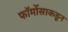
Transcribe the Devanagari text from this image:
फॉर्मोसाकडून